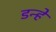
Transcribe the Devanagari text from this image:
डन्हें